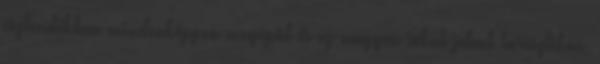
esztendőkben mindenképpen megépül és ez nagyon sokat jelent turisztikai,